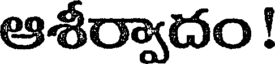
ఆశీర్వాదం !